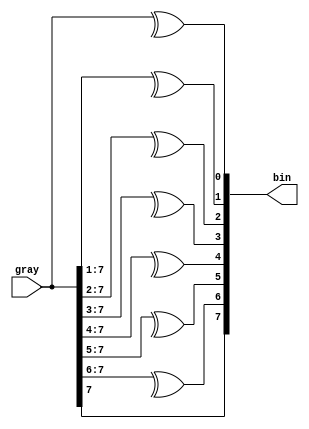
`timescale 1 ns / 1 ps

module GRAY2BIN #(
      parameter DATA_WIDTH = 8
   ) (
      input  [DATA_WIDTH-1:0] gray,
      output [DATA_WIDTH-1:0] bin
   );

   // gen vars
   genvar i;

   generate
      for (i=0; i<DATA_WIDTH; i=i+1)
      begin
         assign bin[i] = ^ gray[DATA_WIDTH-1:i];
      end
   endgenerate
endmodule //gray2bin